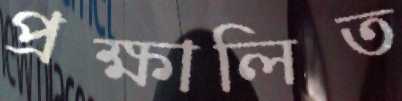
প্রক্ষালিত